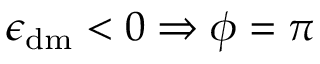
\epsilon _ { \mathrm { d m } } < 0 \Rightarrow \phi = \pi